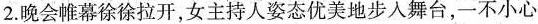
2.晚会帷幕徐徐拉开，女主持人姿态优美地步人舞台，一不小心